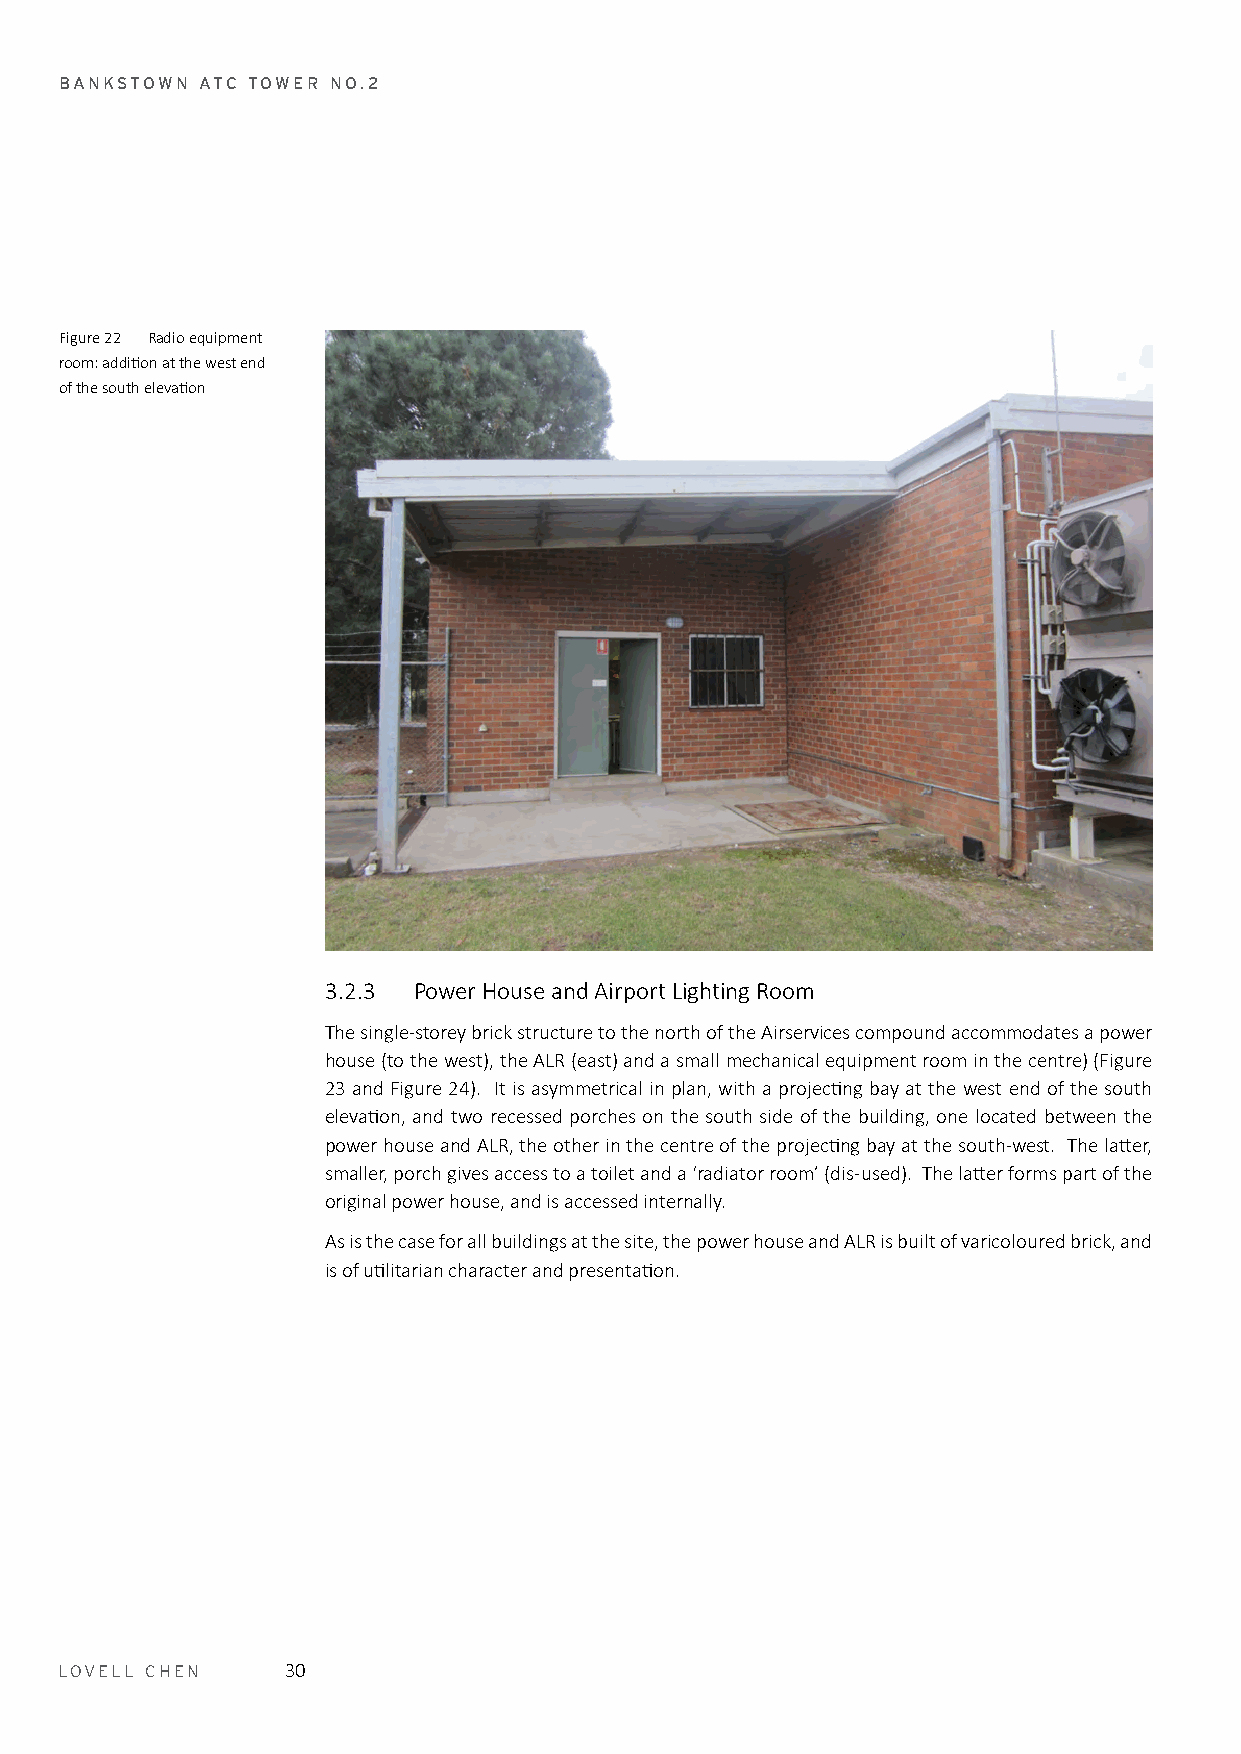
BANKSTOWN ATC TOWER NO.2
 Figure 22 Radio equipment
 room: addition at the west end
 of the south elevation
 3.2.3 Power House and Airport Lighting Room
 The single-storey brick structure to the north of the Airservices compound accommodates a power
 house (to the west), the ALR (east) and a small mechanical equipment room in the centre) (Figure
 23 and Figure 24). It is asymmetrical in plan, with a projecting bay at the west end of the south
 elevation, and two recessed porches on the south side of the building, one located between the
 power house and ALR, the other in the centre of the projecting bay at the south-west. The latter,
 smaller, porch gives access to a toilet and a ‘radiator room’ (dis-used). The latter forms part of the
 original power house, and is accessed internally.
 As is the case for all buildings at the site, the power house and ALR is built of varicoloured brick, and
 is of utilitarian character and presentation.
 LOVELL CHEN    30